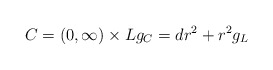
\begin{align*}C = (0, \infty) \times L g_C = dr^2 + r^2 g_L\end{align*}